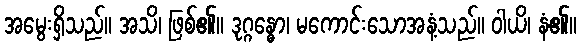
အမွေးရှိသည်။ အသိ၊ ဖြစ်၏။ ဒုဂ္ဂန္ဓော၊ မကောင်းသောအနံ့သည်။ ဝါယိ၊ နံ၏။